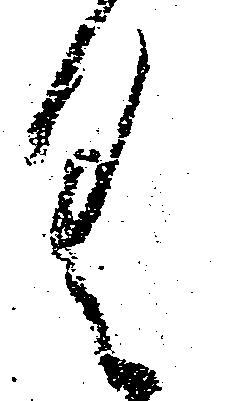
具